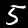
Digit: 5